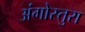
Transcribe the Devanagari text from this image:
अंगोस्तुरा